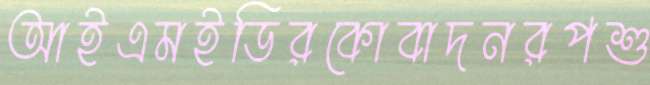
আইএমইডিরকোবাদনরপশু